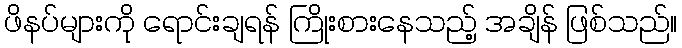
ဖိနပ်များကို ရောင်းချရန် ကြိုးစားနေသည့် အချိန် ဖြစ်သည်။